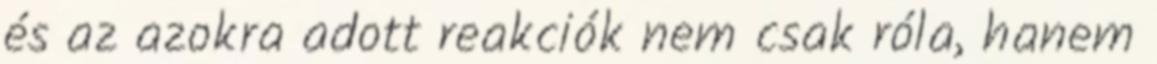
és az azokra adott reakciók nem csak róla, hanem